Report of the King Institute of Preventive Medicine, Guindy
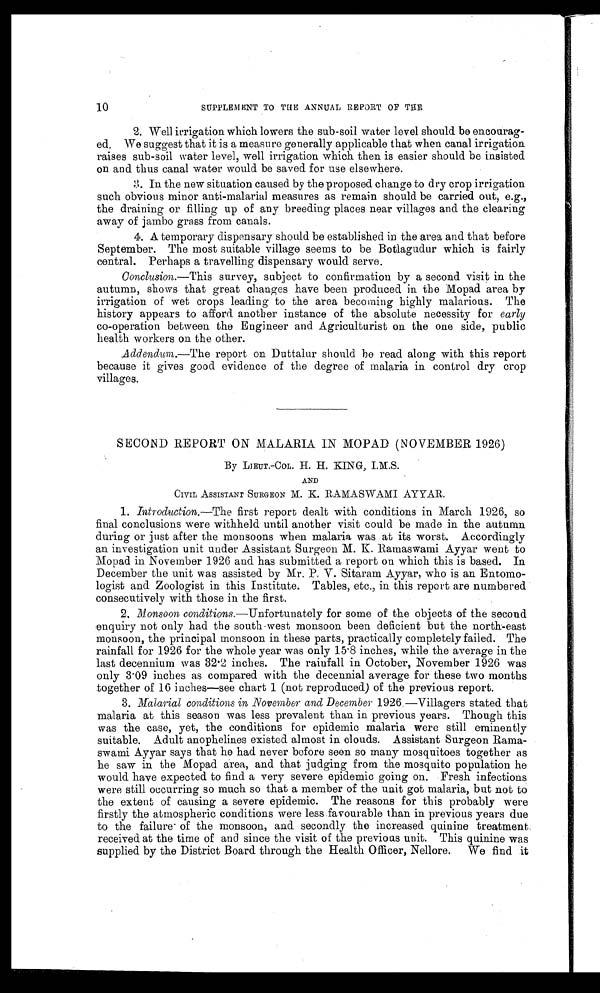
•
SUPPLEMENT TO THE ANNUAL REPORT OF TUB
2. Well irrigation which lowers the sub-soil water level should be encourag-
ed. We suggest that it is a measure generally applicable that when canal irrigation
raises sub-soil water level, well irrigation which then is easier should be insisted
on and thus canal water would be saved for use elsewhere.
3. In the new situation caused by the proposed change to dry crop irrigation
such obvious minor anti-malarial measures as remain should be carried out, e.g.,
the draining or filling up of any breeding places near villages and the clearing
away of jambo grass from canals.
4. A temporary dispensary should be established in the area and that before
September. The most suitable village seems to be Botlagudur which is fairly
central. Perhaps a travelling dispensary would serve.
Conclusion.—This survey, subject to confirmation by a second visit in the
autumn, shows that great changes have been produced in the Mopad area by
irrigation of wet crops leading to the area becoming highly malarious. The
history appears to afford another instance of the absolute necessity for early
co-operation between the Engineer and Agriculturist on the one side, public
health workers on the other.
Addendum.—The report on Duttalur should be read along with this report
because it gives good evidence of the degree of malaria in control dry crop
villages.
SECOND REPORT ON MALARIA IN MOPAD (NOVEMBER 1926)
By LIEUT.-COL. H. H. KING, I.M.S.
AND
CIVIL ASSISTANT SURGEON M. K. RAMASWAMI AYYAR.
1. Introduction. —The first report dealt with conditions in March 1926, so
final conclusions were withheld until another visit could be made in the autumn
during or just after the monsoons when malaria was at its worst. Accordingly
an investigation unit under Assistant Surgeon M. K. Ramaswami Ayyar went to
Mopad in November 1926 and has submitted a report on which this is based. In
December the unit was assisted by Mr. P. V. Sitaram Ayyar, who is an Entomo--
logist and Zoologist in this Institute. Tables, etc., in this report are numbered
consecutively with those in the first.
2. Monsoon conditions .—Unfortunately for some of the objects of the second
enquiry not only had the south-west monsoon been deficient but the north-east
monsoon, the principal monsoon in these parts, practically completely failed. The
rainfall for 1926 for the whole year was only 15.8 inches, while the average in the
last decennium was 32.2 inches. The rainfall in October, November 1926 was
only 3.09 inches as compared with the decennial average for these two months
together of 16 inches—see chart 1 (not reproduced) of the previous report.
3. Malarial conditions in November and December 1926.—Villagers stated that
malaria at this season was less prevalent than in previous years. Though this
was the case, yet, the conditions for epidemic malaria were still eminently
suitable. Adult anophelines existed almost in clouds. Assistant Surgeon Rama-
swami Ayyar says that he had never before seen so many mosquitoes together as
he saw in the Mopad area, and that judging from the mosquito population he
would have expected to find a very severe epidemic going on. Fresh infections
were still occurring so much so that a member of the unit got malaria, but not to
the extent of causing a severe epidemic. The reasons for this probably were
firstly the atmospheric conditions were less favourable than in previous years due
to the failure of the monsoon, and secondly the increased quinine treatment.
received at the time of and since the visit of the previous unit. This quinine was
supplied by the District Board through the Health Officer, Nellore. We find it